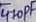
Text: 470pF